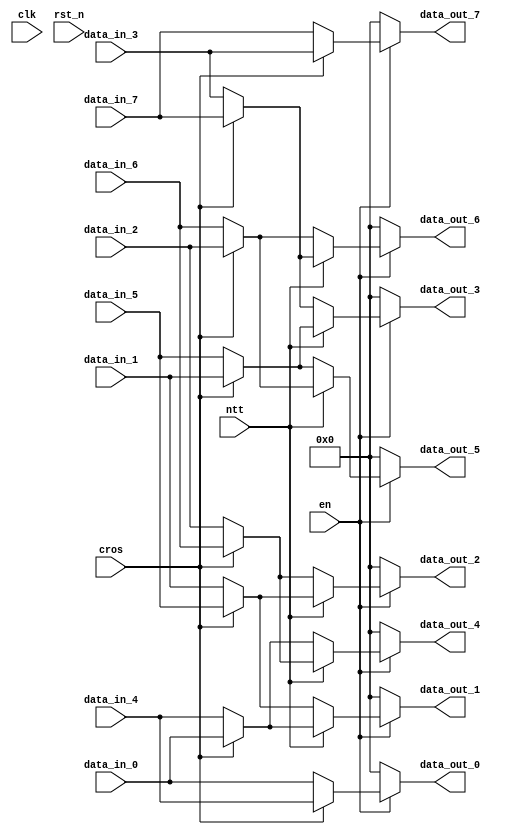
module shuffle_0(
    input clk,
    input rst_n,
    input en,
    input cros,
    input ntt,
    input [255:0] data_in_0, data_in_1, data_in_2, data_in_3, data_in_4, data_in_5, data_in_6, data_in_7,
    output[255:0] data_out_0, data_out_1, data_out_2, data_out_3, data_out_4, data_out_5, data_out_6, data_out_7
);
    reg [255:0] data_in_0_r, data_in_1_r, data_in_2_r, data_in_3_r, data_in_4_r, data_in_5_r, data_in_6_r, data_in_7_r;
    reg [255:0] data_out_0_r, data_out_1_r, data_out_2_r, data_out_3_r, data_out_4_r, data_out_5_r, data_out_6_r, data_out_7_r;

    always @ (*) begin
        if (en) begin
            data_in_0_r = (cros) ? data_in_4 : data_in_0;
            data_in_1_r = (cros) ? data_in_5 : data_in_1;
            data_in_2_r = (cros) ? data_in_6 : data_in_2;
            data_in_3_r = (cros) ? data_in_7 : data_in_3;
            data_in_4_r = (cros) ? data_in_0 : data_in_4;
            data_in_5_r = (cros) ? data_in_1 : data_in_5;
            data_in_6_r = (cros) ? data_in_2 : data_in_6;
            data_in_7_r = (cros) ? data_in_3 : data_in_7;
        end
        else begin
            data_in_0_r = 0;
            data_in_1_r = 0;
            data_in_2_r = 0;
            data_in_3_r = 0;
            data_in_4_r = 0;
            data_in_5_r = 0;
            data_in_6_r = 0;
            data_in_7_r = 0;
        end
    end

//    always @ (posedge clk or negedge rst_n) begin
//        if (!rst_n) begin
//            data_out_0_r <= 0;
//            data_out_1_r <= 0;
//            data_out_2_r <= 0;
//            data_out_3_r <= 0;
//            data_out_4_r <= 0;
//            data_out_5_r <= 0;
//            data_out_6_r <= 0;
//            data_out_7_r <= 0;
//        end
//        else if (en) begin
//            data_out_0_r <= (ntt) ? data_in_0_r : data_in_0_r;
//            data_out_1_r <= (ntt) ? data_in_4_r : data_in_1_r;
//            data_out_2_r <= (ntt) ? data_in_1_r : data_in_2_r;
//            data_out_3_r <= (ntt) ? data_in_5_r : data_in_3_r;
//            data_out_4_r <= (ntt) ? data_in_2_r : data_in_4_r;
//            data_out_5_r <= (ntt) ? data_in_6_r : data_in_5_r;
//            data_out_6_r <= (ntt) ? data_in_3_r : data_in_6_r;
//            data_out_7_r <= (ntt) ? data_in_7_r : data_in_7_r;
//        end
//    end

    always @ (*) begin
        if (en) begin
            data_out_0_r = (ntt) ? data_in_0_r : data_in_0_r;
            data_out_1_r = (ntt) ? data_in_4_r : data_in_1_r;
            data_out_2_r = (ntt) ? data_in_1_r : data_in_2_r;
            data_out_3_r = (ntt) ? data_in_5_r : data_in_3_r;
            data_out_4_r = (ntt) ? data_in_2_r : data_in_4_r;
            data_out_5_r = (ntt) ? data_in_6_r : data_in_5_r;
            data_out_6_r = (ntt) ? data_in_3_r : data_in_6_r;
            data_out_7_r = (ntt) ? data_in_7_r : data_in_7_r;
        end
        else begin
            data_out_0_r = 0;
            data_out_1_r = 0;
            data_out_2_r = 0;
            data_out_3_r = 0;
            data_out_4_r = 0;
            data_out_5_r = 0;
            data_out_6_r = 0;
            data_out_7_r = 0;
        end
    end

    assign data_out_0 = data_out_0_r;
    assign data_out_1 = data_out_1_r;
    assign data_out_2 = data_out_2_r;
    assign data_out_3 = data_out_3_r;
    assign data_out_4 = data_out_4_r;
    assign data_out_5 = data_out_5_r;
    assign data_out_6 = data_out_6_r;
    assign data_out_7 = data_out_7_r;

endmodule